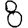
Digit: 8